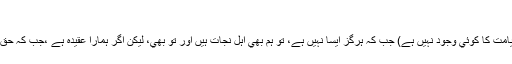
:
”اگر حقيقت ايسے ہي ہے جيسے تو كہتا ہے كہ (خدا اورقيامت كا كوئي وجود نہيں ہے) جب كہ ہرگز ايسا نہيں ہے، تو ہم بھي اہل نجات ہيں اور تو بھي، ليكن اگر ہمارا عقيدہ ہے ،جب كہ حق بھي يہي ہے تو ہم اہل نجات ہيں اور تو ہلاك ہوجائے گا“۔